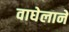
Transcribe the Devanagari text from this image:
वाघेलाने